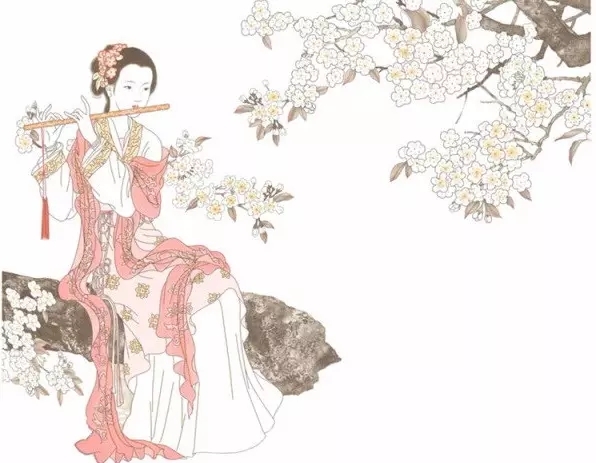
尚想旧情怜婢仆，也曾因梦送钱财。